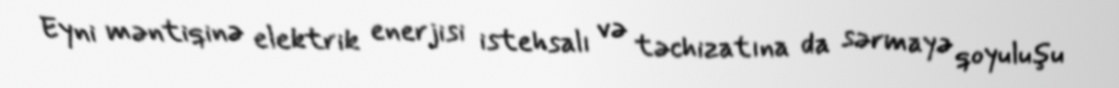
Eyni məntiqinə elektrik enerjisi istehsalı və təchizatına da sərmayə qoyuluşu